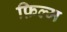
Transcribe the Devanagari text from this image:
फ़िल्म